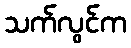
သက်လွင်က